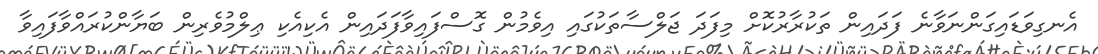
އެނގިވަޑައިގަންނަވާނެ ފަދައިން ތަކުރާރުކޮށް މިފަދަ ޖަލްސާތަކުގައި އިވެމުން ގޮސްފައިވާފަދައިން އެކިއެކި ޢިލްމުވެރިން ބަޔާންކުރައްވާފައިވާ